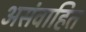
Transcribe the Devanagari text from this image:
असंवाहित